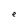
Character: e